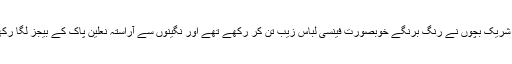
ریلی میں شریک بچوں نے رنگ برنگے خوبصورت فینسی لباس زیب تن کر رکھے تھے اور نگینوں سے آراستہ نعلین پاک کے بیجز لگا رکھے تھے۔